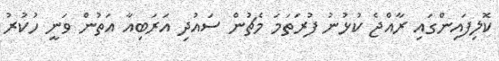
ކޮލިފައިންގައި ރާއްޖެ ކުޅުނު ފުރަތަމަ މެޗުން ސައުދި އަރަބިއާ އަތުން ވަނީ ހުކުރު